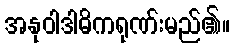
အနုဝါဒါဓိကရုဏ်းမည်၏။